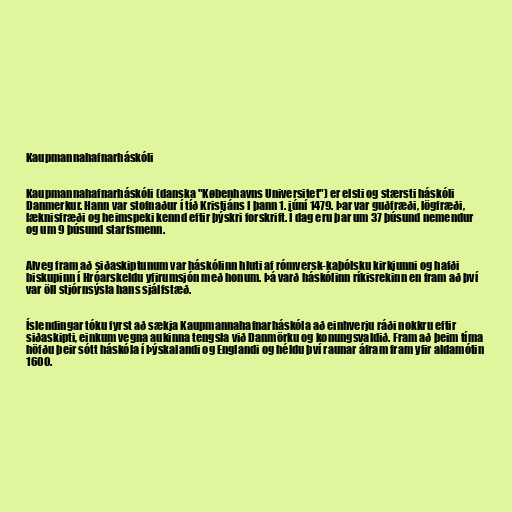
Kaupmannahafnarháskóli

Kaupmannahafnarháskóli (danska "Københavns Universitet") er elsti og stærsti háskóli
Danmerkur. Hann var stofnaður í tíð Kristjáns I þann 1. júní 1479. Þar var guðfræði, lögfræði,
læknisfræði og heimspeki kennd eftir þýskri forskrift. Í dag eru þar um 37 þúsund nemendur
og um 9 þúsund starfsmenn.

Alveg fram að siðaskiptunum var háskólinn hluti af rómversk-kaþólsku kirkjunni og hafði
biskupinn í Hróarskeldu yfirumsjón með honum. Þá varð háskólinn ríkisrekinn en fram að því
var öll stjórnsýsla hans sjálfstæð.

Íslendingar tóku fyrst að sækja Kaupmannahafnarháskóla að einhverju ráði nokkru eftir
siðaskipti, einkum vegna aukinna tengsla við Danmörku og konungsvaldið. Fram að þeim tíma
höfðu þeir sótt háskóla í Þýskalandi og Englandi og héldu því raunar áfram fram yfir aldamótin
1600.